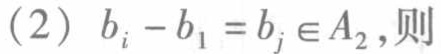
(2) \(b_{i}-b_{1}=b_{j}\in A_{2}\)，则